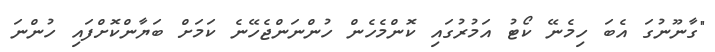
"ގާނޫނުގަ އެބަ ހިމެނޭ ކޯޓު އަމުރުގައި ކޮންމެހެން ހުންނަންޖެހޭނެ ކަމަށް ބަޔާންކޮށްފައި ހުންނަ